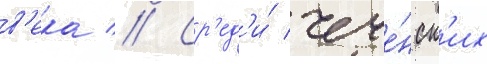
в'ека // Ср'ед'и́ чече́нск'их